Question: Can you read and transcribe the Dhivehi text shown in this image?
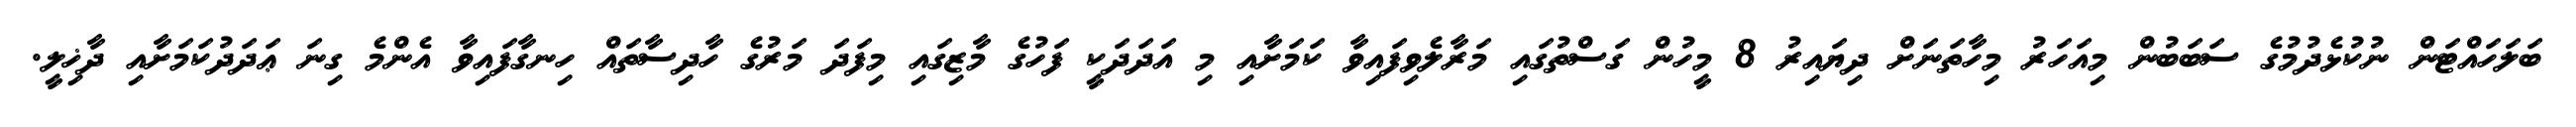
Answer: ބަލަހައްޓަން ނުކުޅެދުމުގެ ސަބަބުން މިއަހަރު މިހާތަނަށް ދިޔައިރު 8 މީހުން ގަސްތުގައި މަރާލެވިފައިވާ ކަމަށާއި މި އަދަދަކީ ފަހުގެ މާޒިގައި މިފަދަ މަރުގެ ހާދިސާތައް ހިނގާފައިވާ އެންމެ ގިނަ ޢަދަދުކަމަށާއި ދާޚިލީ.